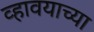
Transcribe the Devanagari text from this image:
व्हावयाच्या